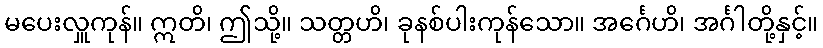
မပေးလှူကုန်။ ဣတိ၊ ဤသို့။ သတ္တဟိ၊ ခုနစ်ပါးကုန်သော။ အင်္ဂေဟိ၊ အင်္ဂါတို့နှင့်။